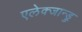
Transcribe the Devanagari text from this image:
एलेक्जान्ड्रु